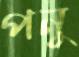
পনু